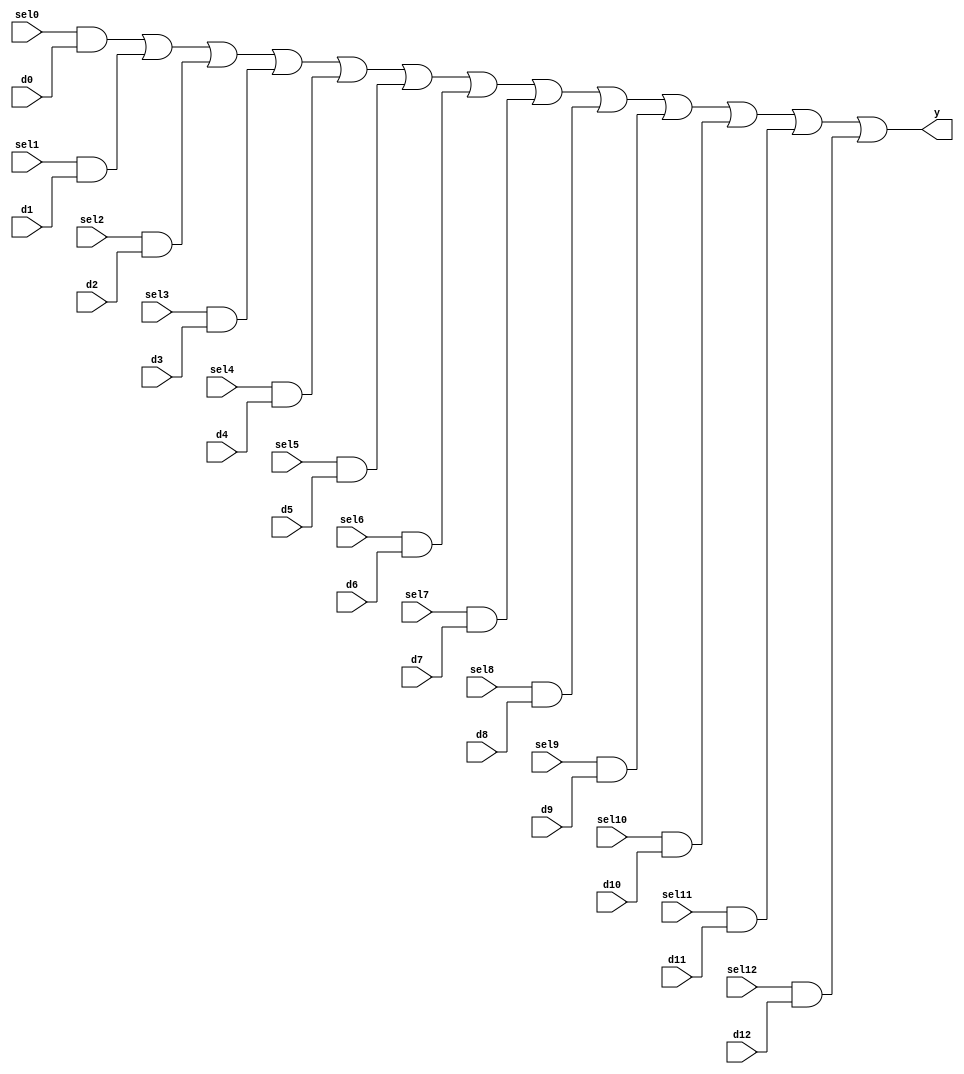
module mvp_mux1hot_13(
	y,
	sel0,
	d0,
	sel1,
	d1,
	sel2,
	d2,
	sel3,
	d3,
	sel4,
	d4,
	sel5,
	d5,
	sel6,
	d6,
	sel7,
	d7,
	sel8,
	d8,
	sel9,
	d9,
	sel10,
	d10,
	sel11,
	d11,
	sel12,
	d12
);
// synopsys template
parameter WIDTH = 1;

output [WIDTH-1:0]	y;

input			sel0;
input			sel1;
input			sel2;
input			sel3;
input			sel4;
input			sel5;
input			sel6;
input			sel7;
input			sel8;
input			sel9;
input			sel10;
input			sel11;
input			sel12;
input  [WIDTH-1:0]	d0;
input  [WIDTH-1:0]	d1;
input  [WIDTH-1:0]	d2;
input  [WIDTH-1:0]	d3;
input  [WIDTH-1:0]	d4;
input  [WIDTH-1:0]	d5;
input  [WIDTH-1:0]	d6;
input  [WIDTH-1:0]	d7;
input  [WIDTH-1:0]	d8;
input  [WIDTH-1:0]	d9;
input  [WIDTH-1:0]	d10;
input  [WIDTH-1:0]	d11;
input  [WIDTH-1:0]	d12;


 assign y = 
	{WIDTH{sel0}} & d0 |
	{WIDTH{sel1}} & d1 |
	{WIDTH{sel2}} & d2 |
	{WIDTH{sel3}} & d3 |
	{WIDTH{sel4}} & d4 |
	{WIDTH{sel5}} & d5 |
	{WIDTH{sel6}} & d6 |
	{WIDTH{sel7}} & d7 |
	{WIDTH{sel8}} & d8 |
	{WIDTH{sel9}} & d9 |
	{WIDTH{sel10}} & d10 |
	{WIDTH{sel11}} & d11 |
	{WIDTH{sel12}} & d12 ;


endmodule